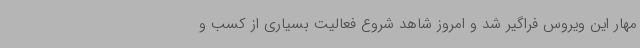
مهار این ویروس فراگیر شد و امروز شاهد شروع فعالیت بسیاری از کسب و